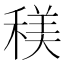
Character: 𥠦